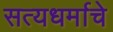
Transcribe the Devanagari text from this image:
सत्यधर्माचे